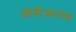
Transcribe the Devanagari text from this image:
ओसीआनास